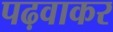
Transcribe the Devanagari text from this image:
पढ़वाकर